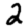
Digit: 2